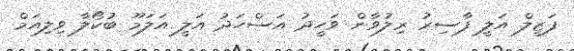
ފަޒީލް އަލީ ފާސިރު ރިލުވާން ވަހީދު އަސްހަދު އަލީ އަލަމޫ ބުކޯލާ ވިލިއަމް